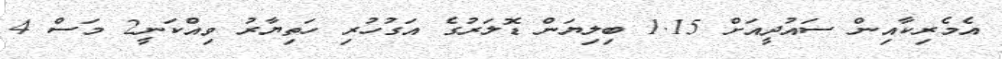
އެމެރިކާއިން ސައުދީއަށް 1.15 ބިލިޔަން ޑޮލަރުގެ އަގުހުރި ހަތިޔާރު ވިއްކަނީ2 މަސް 4